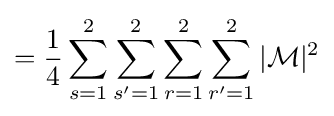
={\frac {1}{4}}\sum _{s=1}^{2}\sum _{s'=1}^{2}\sum _{r=1}^{2}\sum _{r'=1}^{2}|{\mathcal {M}}|^{2}